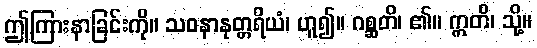
ဤကြားနာခြင်းကို။ သဝနာနုတ္တရိယံ၊ ဟူ၍။ ဂစ္ဆတိ၊ ၏။ ဣတိ၊ သို့။